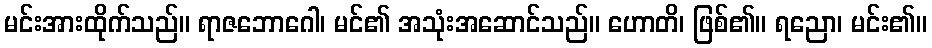
မင်းအားထိုက်သည်။ ရာဇဘောဂေါ၊ မင်၏ အသုံးအဆောင်သည်။ ဟောတိ၊ ဖြစ်၏။ ရညော၊ မင်း၏။